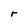
Character: r